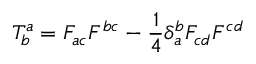
T _ { b } ^ { a } = F _ { a c } F ^ { b c } - \frac { 1 } { 4 } \delta _ { a } ^ { b } F _ { c d } F ^ { c d }